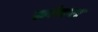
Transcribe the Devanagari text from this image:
सांबरा